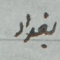
بغداد